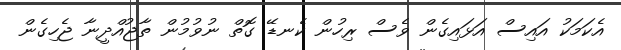
އެކަމަކު އައިސް އަޅައިގެން ވެސް ރިހުން ކެނޑޭ ގޮތް ނުވުމުން ތާޖުއްދީނާ ޖެހިގެން